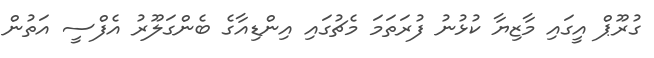
ގުރޫޕް އީގައި މާޒިޔާ ކުޅުނު ފުރަތަަމަ މެޗުގައި އިންޑިއާގެ ބެންގަލޫރު އެފްސީ އަތުން